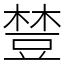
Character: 𧯴